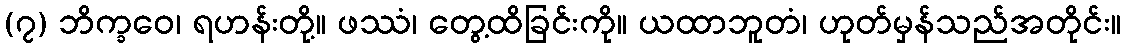
(၇) ဘိက္ခဝေ၊ ရဟန်းတို့။ ဖဿံ၊ တွေ့ထိခြင်းကို။ ယထာဘူတံ၊ ဟုတ်မှန်သည်အတိုင်း။